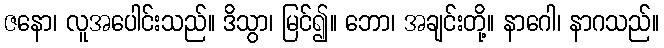
ဇနော၊ လူအပေါင်းသည်။ ဒိသွာ၊ မြင်၍။ ဘော၊ အချင်းတို့။ နာဂေါ၊ နာဂသည်။